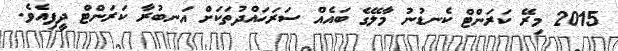
2015 މިރޭ ކަރަންޓް ކެނޑުނު މާލޭގެ ބައެއް ސަރަހައްދުތަކަށް އަނބުރާ ކަރަންޓް ދީފިއެވެ.